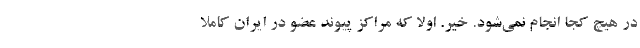
در هیچ کجا انجام نمی‌شود. خیر. اولا که مراکز پیوند عضو در ایران کاملا